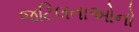
જટિલતાઓનો